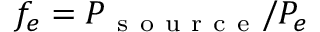
f _ { e } = P _ { \mathrm { ~ s ~ o ~ u ~ r ~ c ~ e ~ } } / P _ { e }